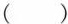
（ ）